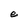
Character: e